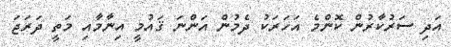
އަދި ސަރުކާރުން ކޮންމެ އަހަރަކު ދެމުން އަންނަ ޤައުމީ އިނާމާއި މަތީ ދަރަޖަ